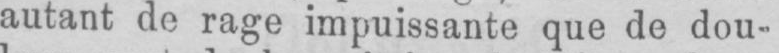
autant de rage impuissante que de dou-